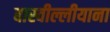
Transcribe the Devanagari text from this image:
बास्वील्लीयाना